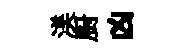
渼厨凶